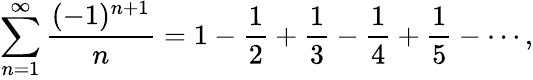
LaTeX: \sum_{n=1}^{\infty}{\frac{(-1)^{n+1}}{n}}=1-{\frac{1}{2}}+{\frac{1}{3}}-{\frac{1}{4}}+{\frac{1}{5}}-\cdots,